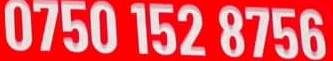
0750 152 8756